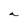
Character: a